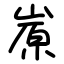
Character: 㟶